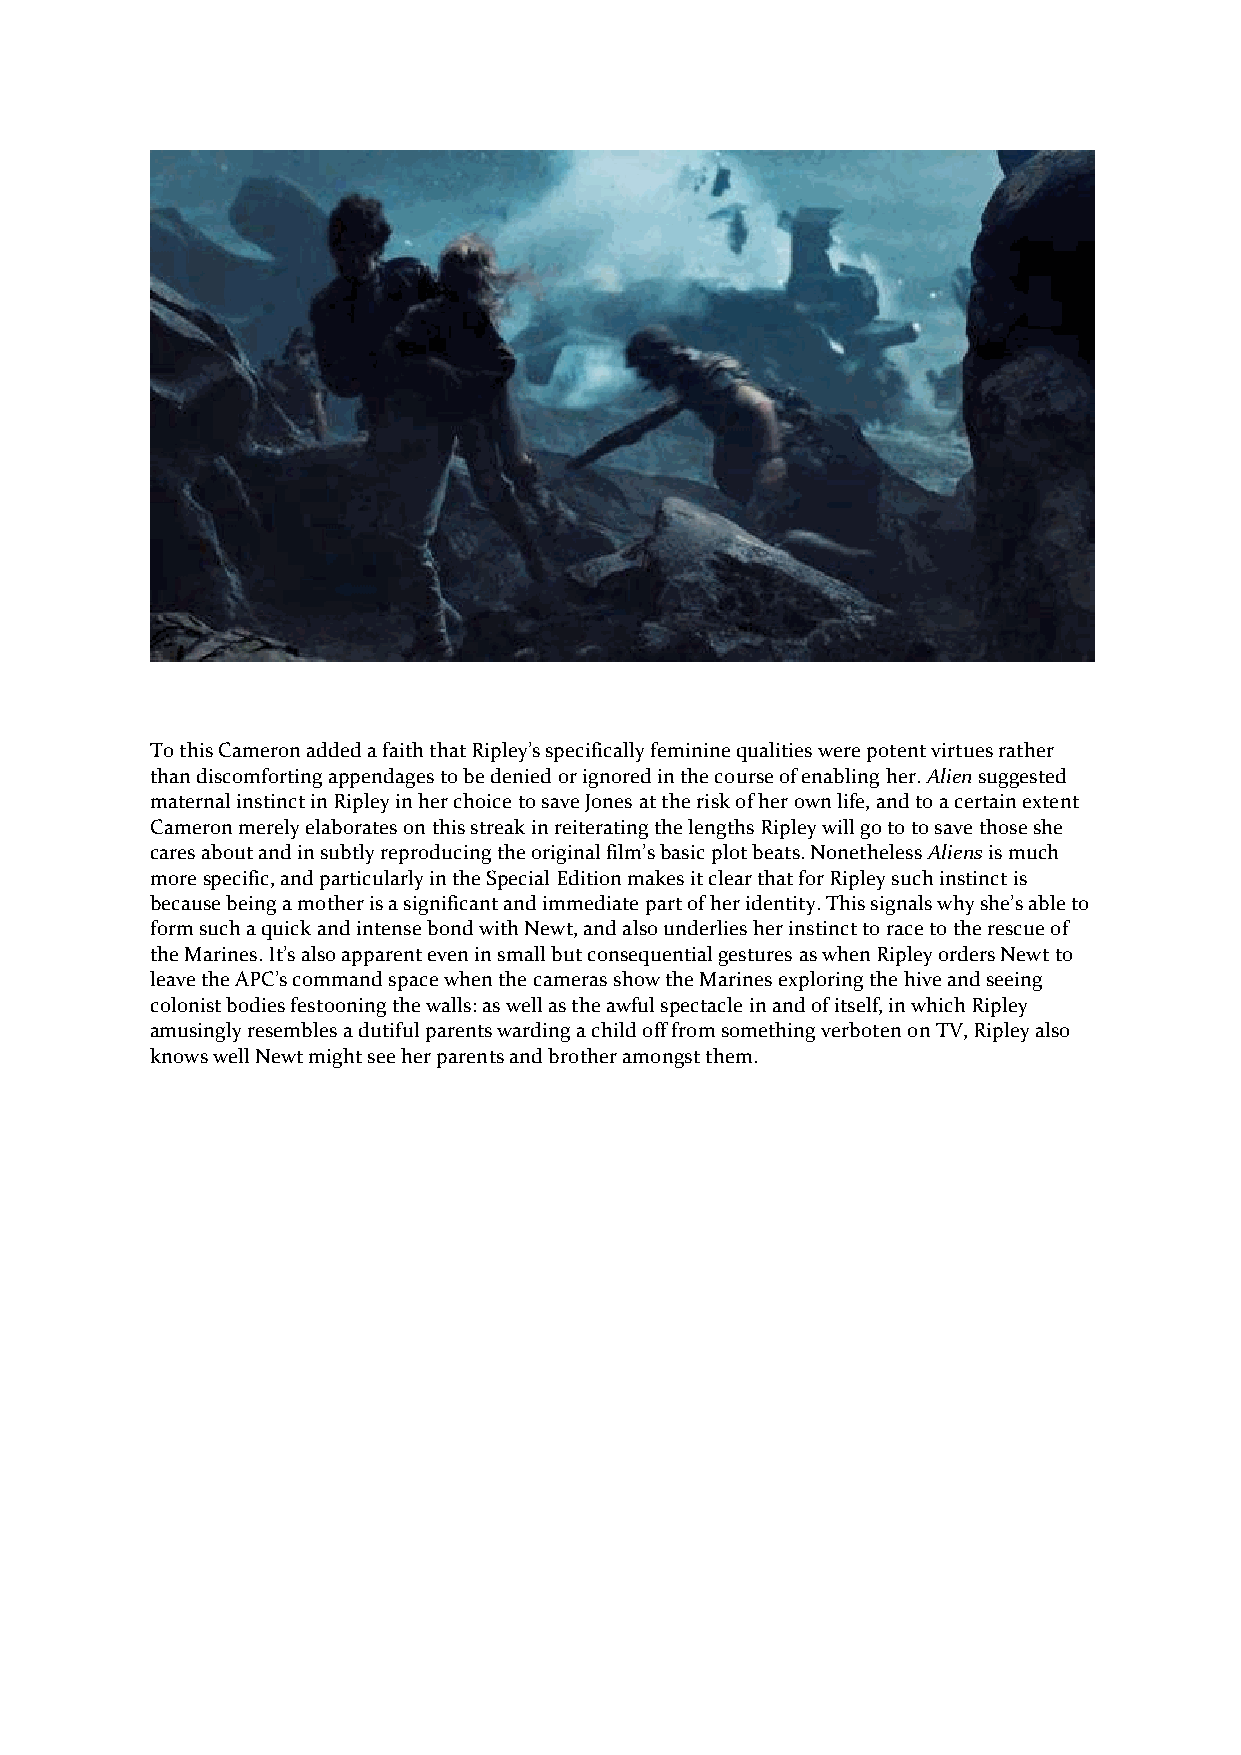
To this Cameron added a faith that Ripley’s specifically feminine qualities were potent virtues rather
 than discomforting appendages to be denied or ignored in the course of enabling her. Alien suggested
 maternal instinct in Ripley in her choice to save Jones at the risk of her own life, and to a certain extent
 Cameron merely elaborates on this streak in reiterating the lengths Ripley will go to to save those she
 cares about and in subtly reproducing the original film’s basic plot beats. Nonetheless Aliens is much
 more specific, and particularly in the Special Edition makes it clear that for Ripley such instinct is
 because being a mother is a significant and immediate part of her identity. This signals why she’s able to
 form such a quick and intense bond with Newt, and also underlies her instinct to race to the rescue of
 the Marines. It’s also apparent even in small but consequential gestures as when Ripley orders Newt to
 leave the APC’s command space when the cameras show the Marines exploring the hive and seeing
 colonist bodies festooning the walls: as well as the awful spectacle in and of itself, in which Ripley
 amusingly resembles a dutiful parents warding a child off from something verboten on TV, Ripley also
 knows well Newt might see her parents and brother amongst them.